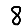
Digit: 8